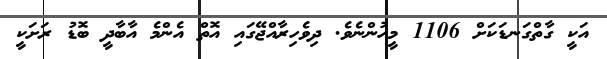
އަކީ ގާތްގަނޑަކަށް 1106 މީހުންނެވެ. ދިވެހިރާއްޖޭގައި އޮތް އެންމެ އާބާދީ ބޮޑު ރަށަކީ